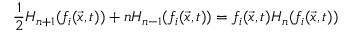
\frac { 1 } { 2 } H _ { n + 1 } ( f _ { i } ( \vec { x } , t ) ) + n H _ { n - 1 } ( f _ { i } ( \vec { x } , t ) ) = f _ { i } ( \vec { x } , t ) H _ { n } ( f _ { i } ( \vec { x } , t ) )